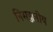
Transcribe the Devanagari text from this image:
निमज्जनीय